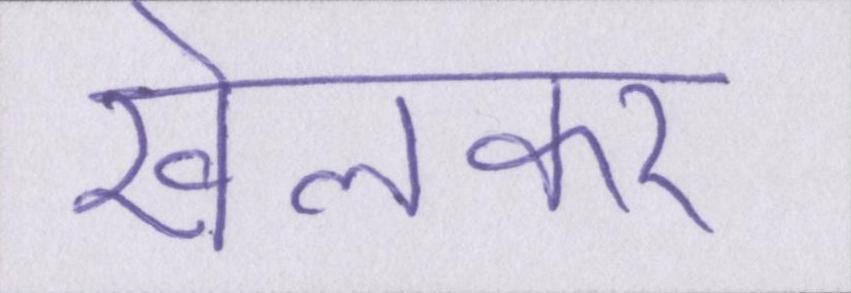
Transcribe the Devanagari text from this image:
खेलकर